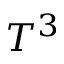
T ^ { 3 }